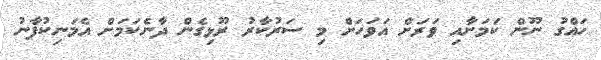
ހައްގު ނޫން ކަމަށާއި ވަރަށް އަވަހަށް މި ސަރުކާރު ރޫޅިގެން ދާނެކަމަށް އެމަނިކުފާނު